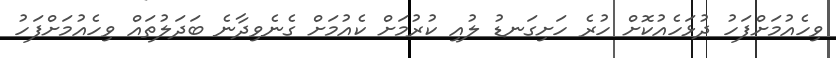
ވިހެއުމަށްފަހު ދުޅަހެއުކޮށް ހުރެ ހަށިގަނޑު ލުއި ކުރުމަށް ކެއުމަށް ގެނެވިދާނެ ބަދަލުތައް ވިހެއުމަށްފަހު